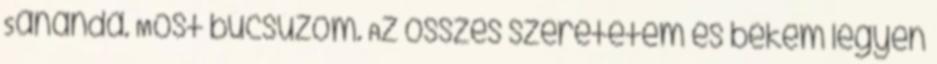
Sananda. Most búcsúzom. Az összes szeretetem és békém legyen